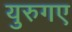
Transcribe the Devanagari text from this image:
युरुगए